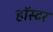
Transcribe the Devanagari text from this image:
हॉस्टर